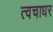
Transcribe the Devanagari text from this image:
त्वचाधर